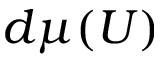
d \mu ( U )